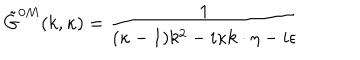
\tilde { G } ^ { 0 M } ( k , \kappa ) = { \frac { 1 } { ( \kappa - 1 ) k ^ { 2 } - i \kappa k \cdot \eta - i \epsilon } }